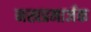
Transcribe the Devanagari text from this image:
नखप्रमार्जक